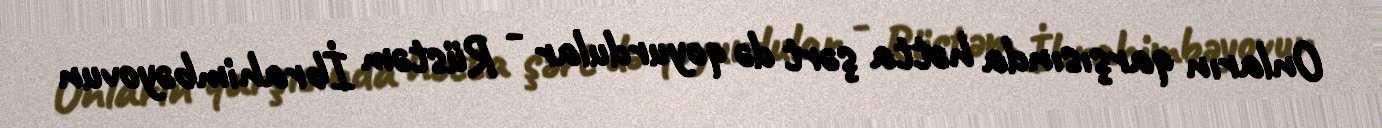
Onların qarşısında hətta şərt də qoyurdular - Rüstəm İbrahimbəyovun